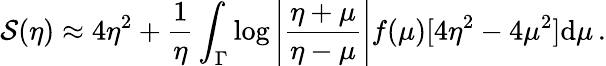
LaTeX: \mathcal{S}(\eta)\approx4\eta^{2}+\frac{{1}}{{\eta}}\int_{\Gamma}\log\left|\frac{{\eta+\mu}}{{\eta-\mu}}\right|f(\mu)[4\eta^{2}-4\mu^{2}]\mathrm{{d}}\mu\, .